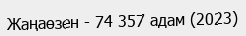
Жаңаөзен - 74 357 адам (2023)